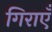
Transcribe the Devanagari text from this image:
गिराएँ